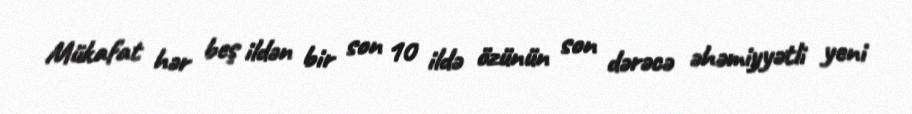
Mükafat hər beş ildən bir son 10 ildə özünün son dərəcə əhəmiyyətli yeni